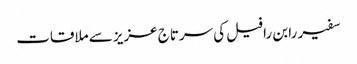
سفیر رابن رافیل کی سرتاج عزیز سے ملاقات